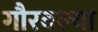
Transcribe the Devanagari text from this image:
गौरवल्या